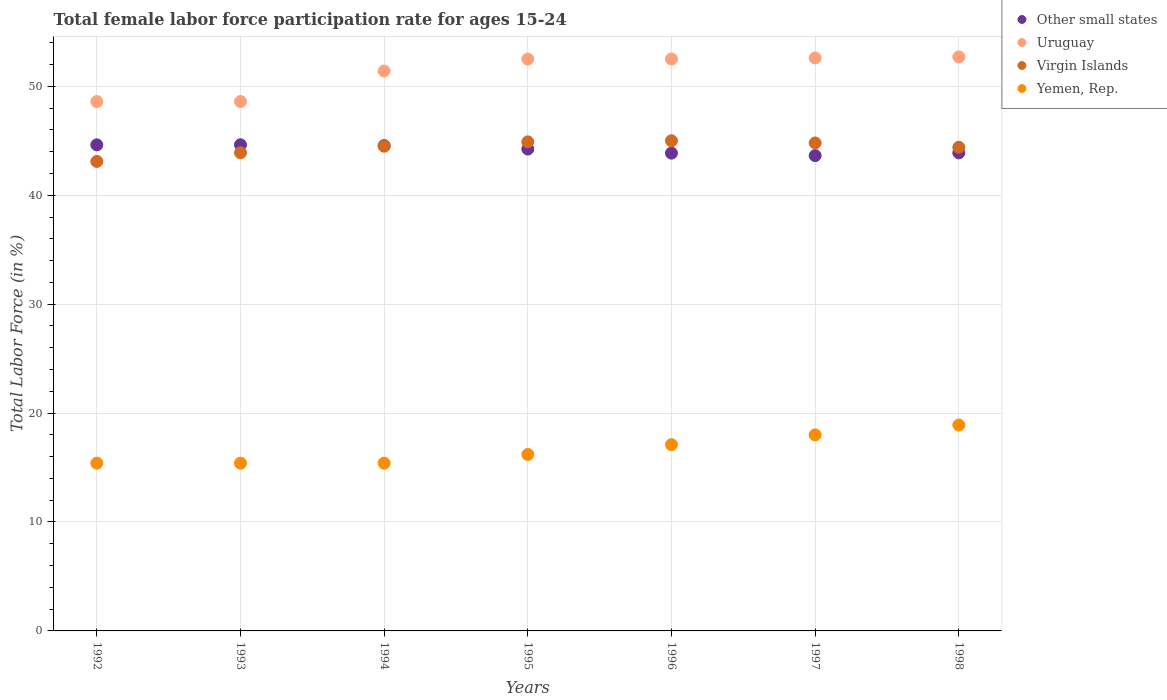
| Years | Other small states | Uruguay | Virgin Islands | Yemen, Rep. |
 | --- | --- | --- | --- | --- |
 | 1992 | 44.6 | 48.6 | 43.1 | 15.4 |
 | 1993 | 44.6 | 48.6 | 43.9 | 15.4 |
 | 1994 | 44.6 | 51.4 | 44.5 | 15.4 |
 | 1995 | 44.2 | 52.5 | 44.9 | 16.2 |
 | 1996 | 43.9 | 52.5 | 45 | 17.1 |
 | 1997 | 43.6 | 52.6 | 44.8 | 18 |
 | 1998 | 43.9 | 52.7 | 44.4 | 18.9 |